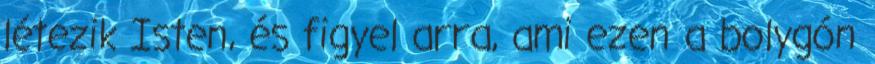
létezik Isten, és figyel arra, ami ezen a bolygón